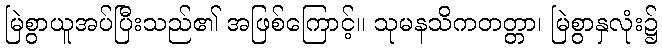
မြဲစွာယူအပ်ပြီးသည်၏ အဖြစ်ကြောင့်။ သုမနသိကတတ္တာ၊ မြဲစွာနှလုံး၌